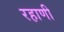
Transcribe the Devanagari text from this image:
रहाणी